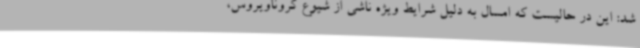
شد: این در حالیست که امسال به دلیل شرایط ویژه ناشی از شیوع کروناویروس،